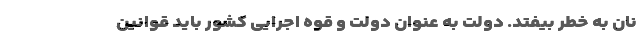
نان به خطر بیفتد. دولت به عنوان دولت و قوه اجرایی کشور باید قوانین